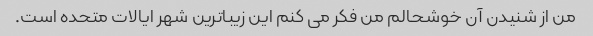
من از شنیدن آن خوشحالم من فکر می کنم این زیباترین شهر ایالات متحده است.